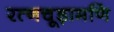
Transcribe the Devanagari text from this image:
रत्नचूड़ामणि